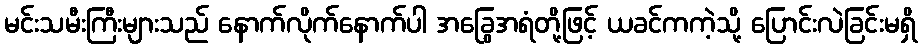
မင်းသမီးကြီးများသည် နောက်လိုက်နောက်ပါ အခြွေအရံတို့ဖြင့် ယခင်ကကဲ့သို့ ပြောင်းလဲခြင်းမရှိ